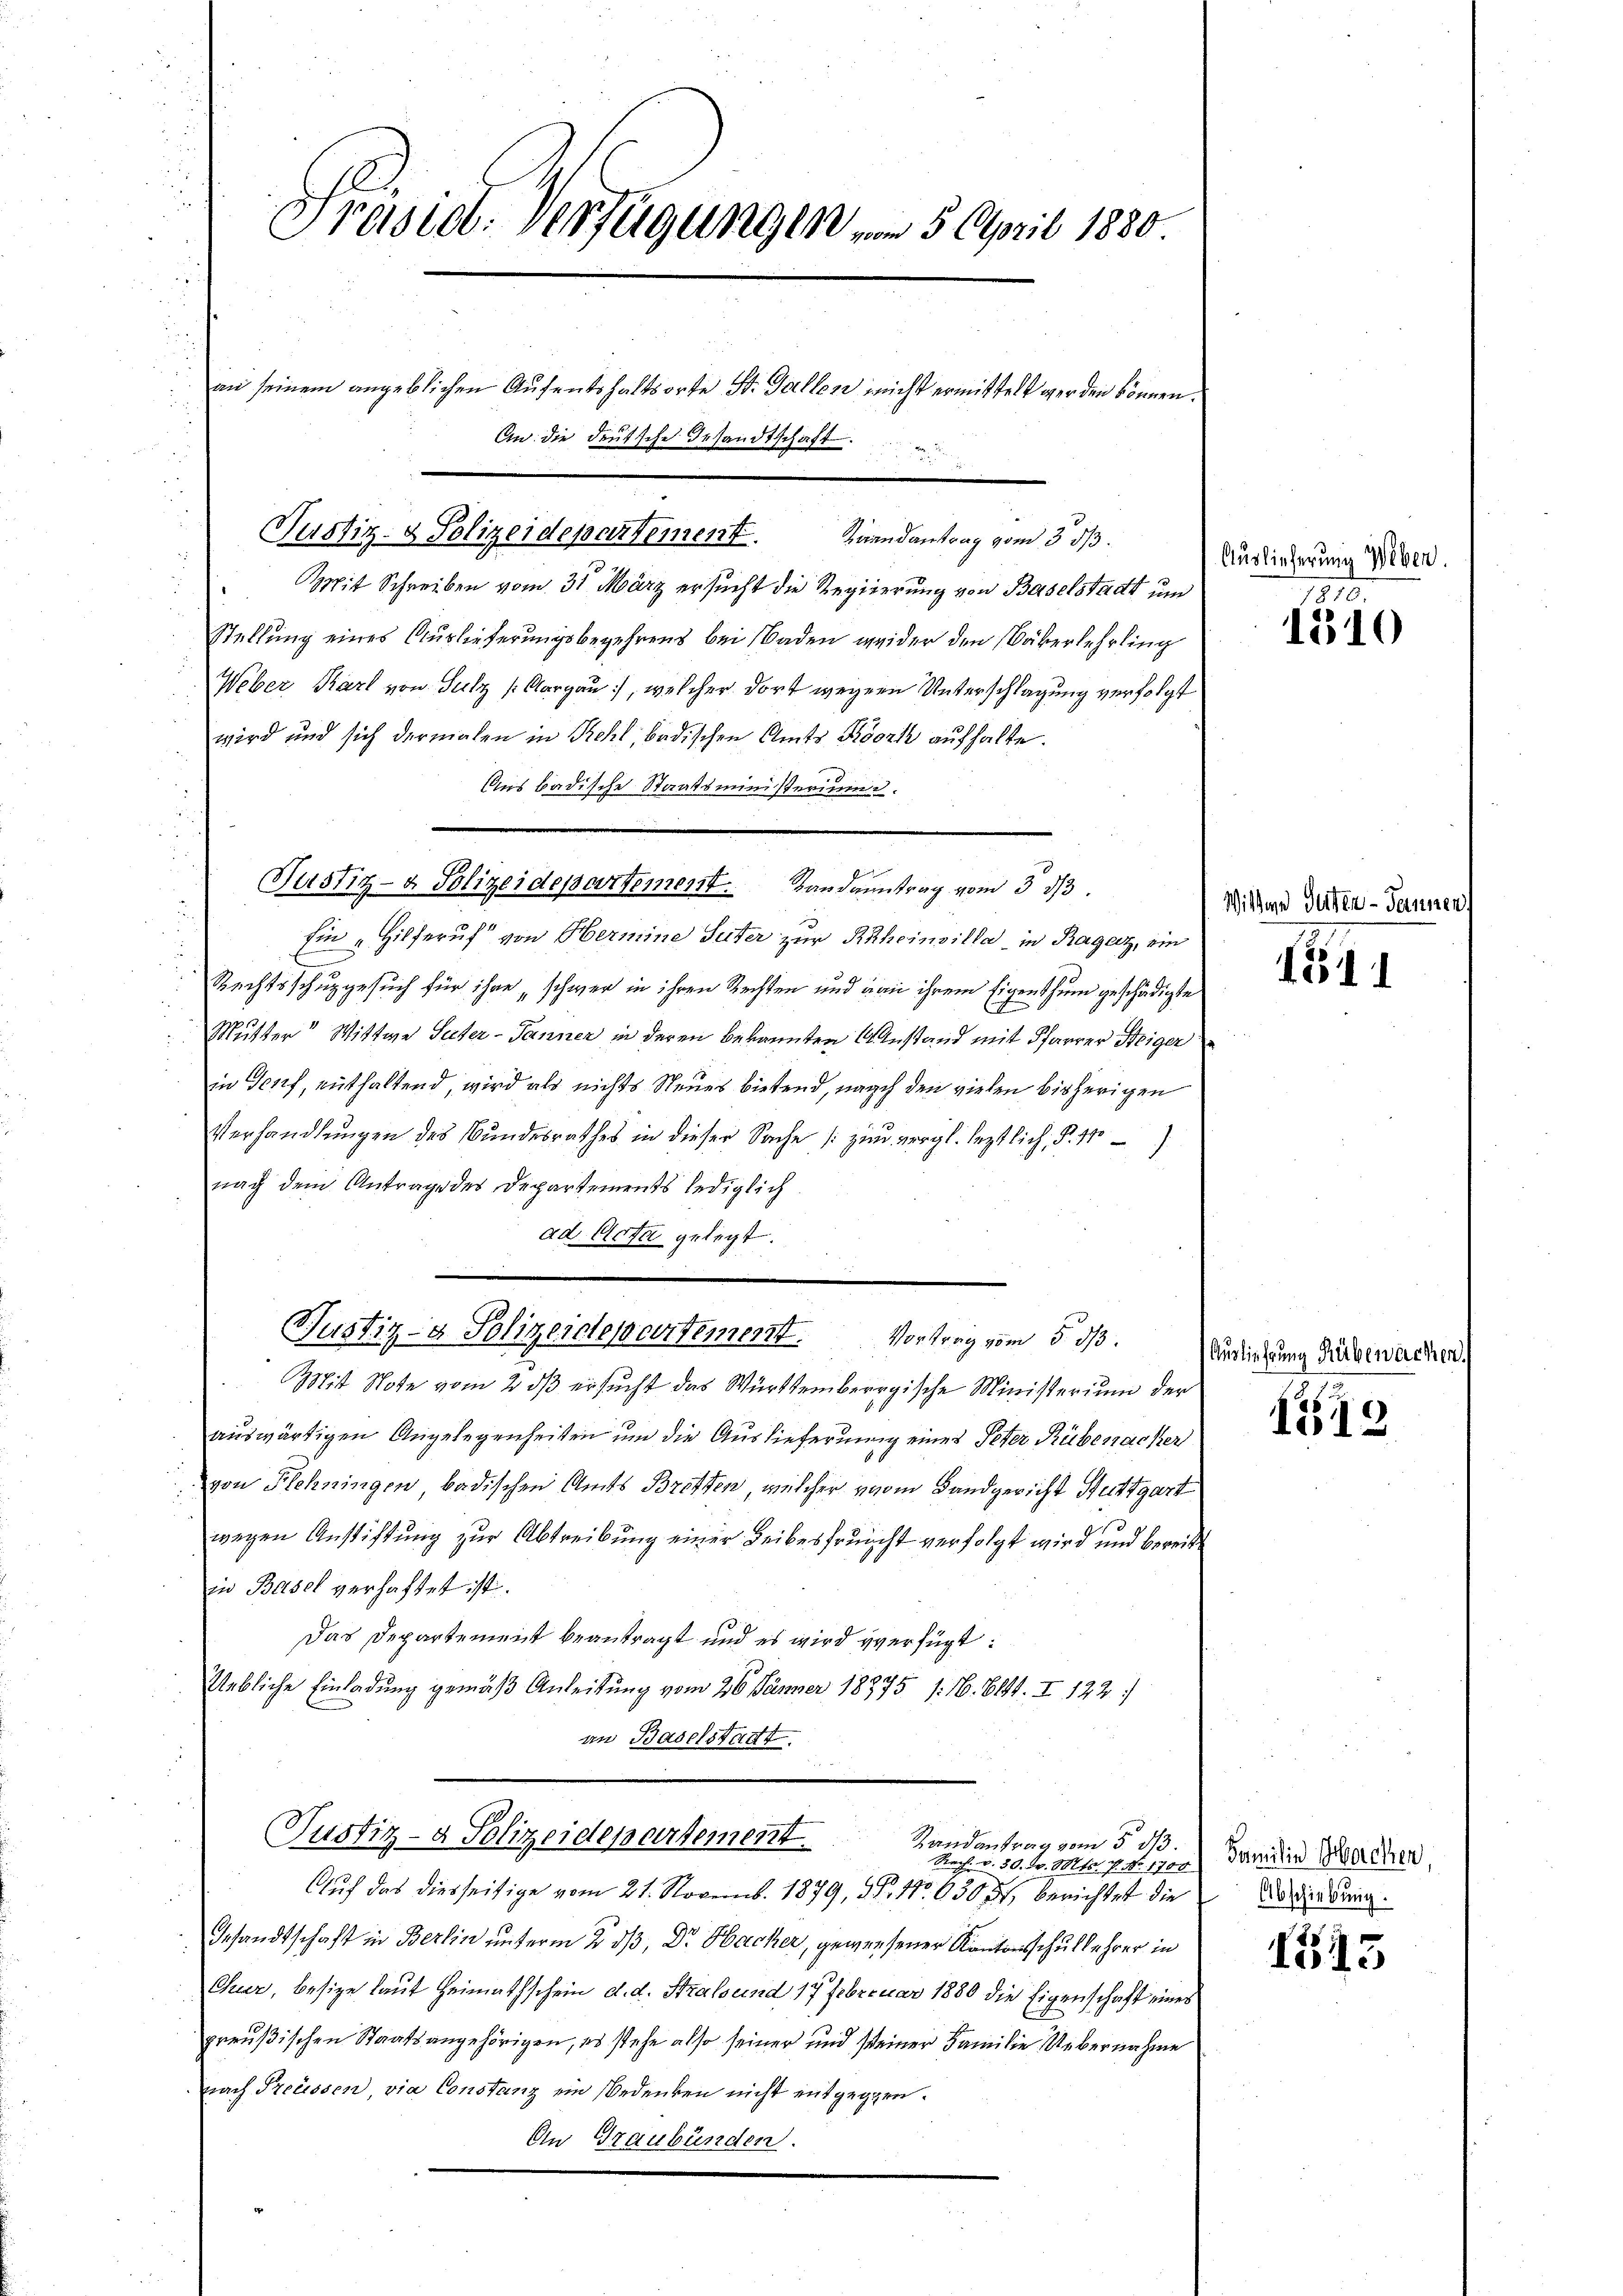
Prasiet. Verfügungen vom 5. April 1880
an seinem angeblichen Aufenthaltsorte St. Gallen nicht ermittelt werden können.
An die deutsche Gesandtschaft.
u
d

Justiz- & Polizeidepartement. Brandantrag vom 3. d.

Mit Schreiben vom 31. März ersucht die Regierung von Baselstadt um
Stellung eines Auslieferungsbegehrens bei Naden weider den Vaterlehrling
Weber Karl von Sulz (Aargau, welcher dort wegen Unterschlagung verfolgt
wird und sich dermalen in Rehl, badischen Amts Köszk aufhalte.
Aus badische Staatsministeriums.

Justiz- & Polizeidepartement. Landantrag vom 3. d.

Justiz- & Polizeidepertement. Vortrag vom 5. ds.

Mit Note vom 2. dβ ersucht das Württembergische Ministerium der
aŭswärtigen Angelegenheiten um die Auslieferung eines Peter Rübenacker
von Flehningen badischen Amts Bretten, welcher vom Landgericht Stuttgart
1
wegen Anstiftung zur Abtreibung einer Leibesfrucht verfolgt wird und bereit
in Basel verhaftet ist.
Das Departement beantragt und es wird verfügt:
Uebliche Einladung gemäß Anleitung vom 26. Jänner 18975 1. 16. 6141. I 122.
an Baselstadt.
Justiz- & Polizeidepartement.
Randantrag vom 5. 113.
Rach. v. 30. d. Mts. v. No. 1700
Auf das diesseitige vom 21. Novemb. 1879, P. Nr. 63077, berichtet die
Gesandtschaft in Berlin unterm 2. dß, Dr Hacker, gewiesener Kantonsschullehrer in
Chur, besize laut Heimathschein d. d. Stralsund 17 Februar 1880 die Eigenschaft eines
preußischen Staatsangehörigen, es stehe also seiner und seiner Familie Uebernahme
nach Preüssen, via Constanz ein Bedenken nicht entgegen.
An Graubünden.

hin „Hilferuf von Hermine Seiter zur Rheinvilla in Ragaz, ein
E
Rechtsschungesuch für ihre „schwer in ihren Rechten und man ihrem Eigenthum geschädigte
Mutter Wittwe Suter-Tanner in deren bekannten Anstand mit Pfarrer Steiger
in Genf, enthaltend, wird als nichts Neues bietend, nach den vielen bisherigen
Verhandlungen des Bundesrathes in dieser Sache (zum vergl. leztlich, §. 11
nach dem Antrage des Departements lediglich
ad Acta gelegt.

Auslieferung Weben.

5
1310

Wittwe Güter-Tannen

154

Auslieferung Rübewachen

1519

Familie Sachen,
Abschiebung.

1515